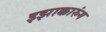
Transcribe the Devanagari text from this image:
इझाक्कारुंग